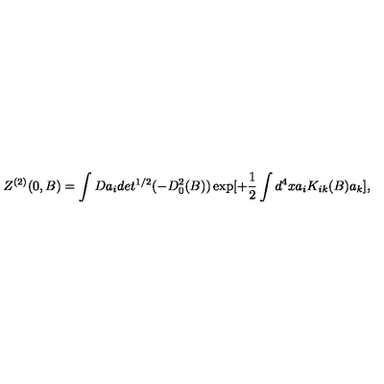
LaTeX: Z ^ { ( 2 ) } ( 0 , B ) = \int D a _ { i } d e t ^ { 1 / 2 } ( - D _ { 0 } ^ { 2 } ( B ) ) \exp [ + \frac { 1 } { 2 } \int d ^ { 4 } x a _ { i } K _ { i k } ( B ) a _ { k } ] ,